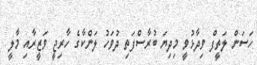
ހަސަން ލަތީފް ވިދާޅުވީ މިދިޔަ ބުރާސްފަތި ދުވަހު ލަންކާގެ ހާރިޖީ ވަޒީރާއި މާލީ